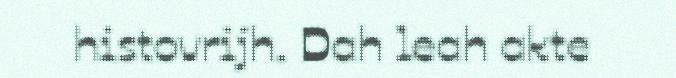
histovrijh. Dah leah akte